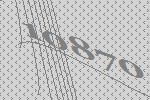
10870